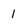
Character: i